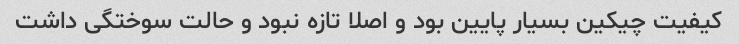
کیفیت چیکین بسیار پایین بود و اصلا تازه نبود و حالت سوختگی داشت